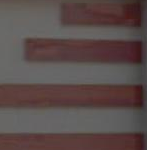
ت